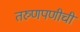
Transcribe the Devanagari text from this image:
तरुणपणीची